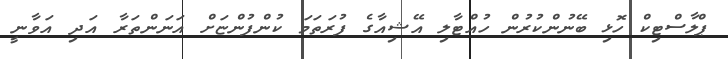
ޕްލާސްޓިކް ހޮޅި ބޭނުންކުރުން ހުއްޓާލި އޭޝިއާގެ ފުރަތަމަ ކުންފުންޏަށް އަނަންތަރާ އަދި އަވާނީ